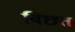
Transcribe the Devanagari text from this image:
विछत